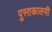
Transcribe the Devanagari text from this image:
पुस्तकालयी